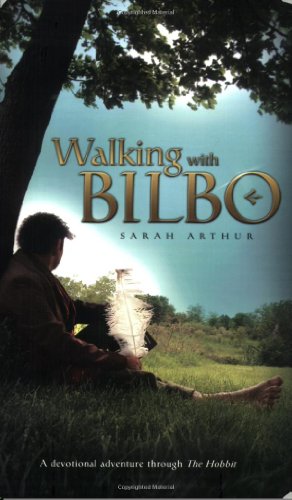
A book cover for Walking with Bilbo: A Devotional Adventure through the Hobbit; Sarah Arthur; Science Fiction & Fantasy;